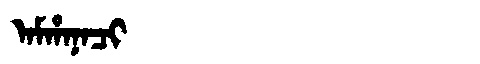
Manchu: ᠠᠮᡥᠠᠨᠠᠴᡳ
Romanization: AMHANACI